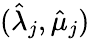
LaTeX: (\hat{\lambda}_{j},\hat{\mu}_{j})